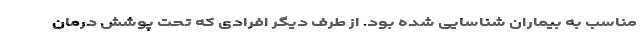
مناسب به بیماران شناسایی شده بود. از طرف دیگر افرادی که تحت پوشش درمان